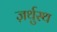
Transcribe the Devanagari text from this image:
ज़र्थुस्थ